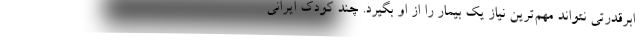
ابرقدرتی نتواند مهم‌ترین نیاز یک بیمار را از او بگیرد. چند کودک ایرانی